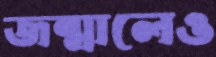
জন্মালেও